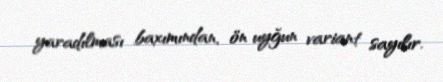
yaradılması baxımından, ön uyğun variant sayılır.